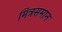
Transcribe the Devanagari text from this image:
मित्रसमान